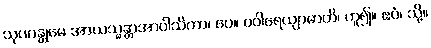
သုဏန္တုမေ အာယသ္မန္တာအာဝါသိကာ၊ ပေ။ ပဝါရေယျာမာတိ၊ ဟူ၍။ ဧဝံ၊ သို့။